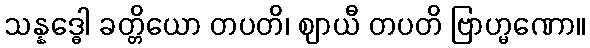
သန္နဒ္ဓေါ ခတ္တိယော တပတိ၊ ဈာယီ တပတိ ဗြာဟ္မဏော။